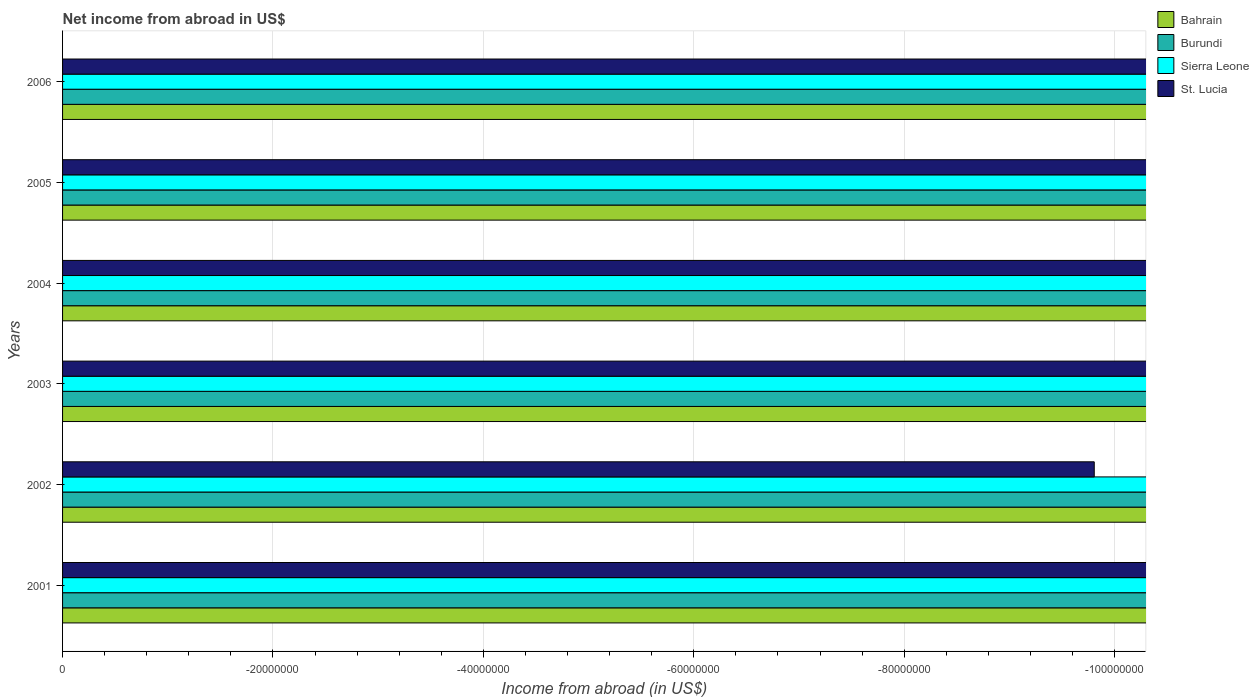
| Years | Bahrain | Burundi | Sierra Leone | St. Lucia |
 | --- | --- | --- | --- | --- |
 | 2001 | -1.21e+08 | -1.02e+10 | -5.4e+10 | -1.27e+08 |
 | 2002 | -1.97e+08 | -1.27e+10 | -6.3e+10 | -9.81e+07 |
 | 2003 | -1.85e+08 | -1.94e+10 | -6.34e+10 | -1.37e+08 |
 | 2004 | -2.16e+08 | -3.01e+10 | -8.67e+10 | -1.86e+08 |
 | 2005 | -1.55e+08 | -1.91e+10 | -1.1e+11 | -1.96e+08 |
 | 2006 | -1.45e+08 | -9.05e+09 | -1.11e+11 | -1.47e+08 |